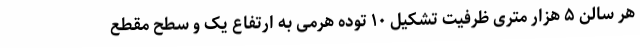
هر سالن ۵ هزار متری ظرفیت تشکیل ۱۰ توده هرمی به ارتفاع یک و سطح مقطع